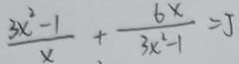
\frac { 3 x ^ { 2 } - 1 } { x } + \frac { 6 x } { 3 x ^ { 2 } - 1 } = 5